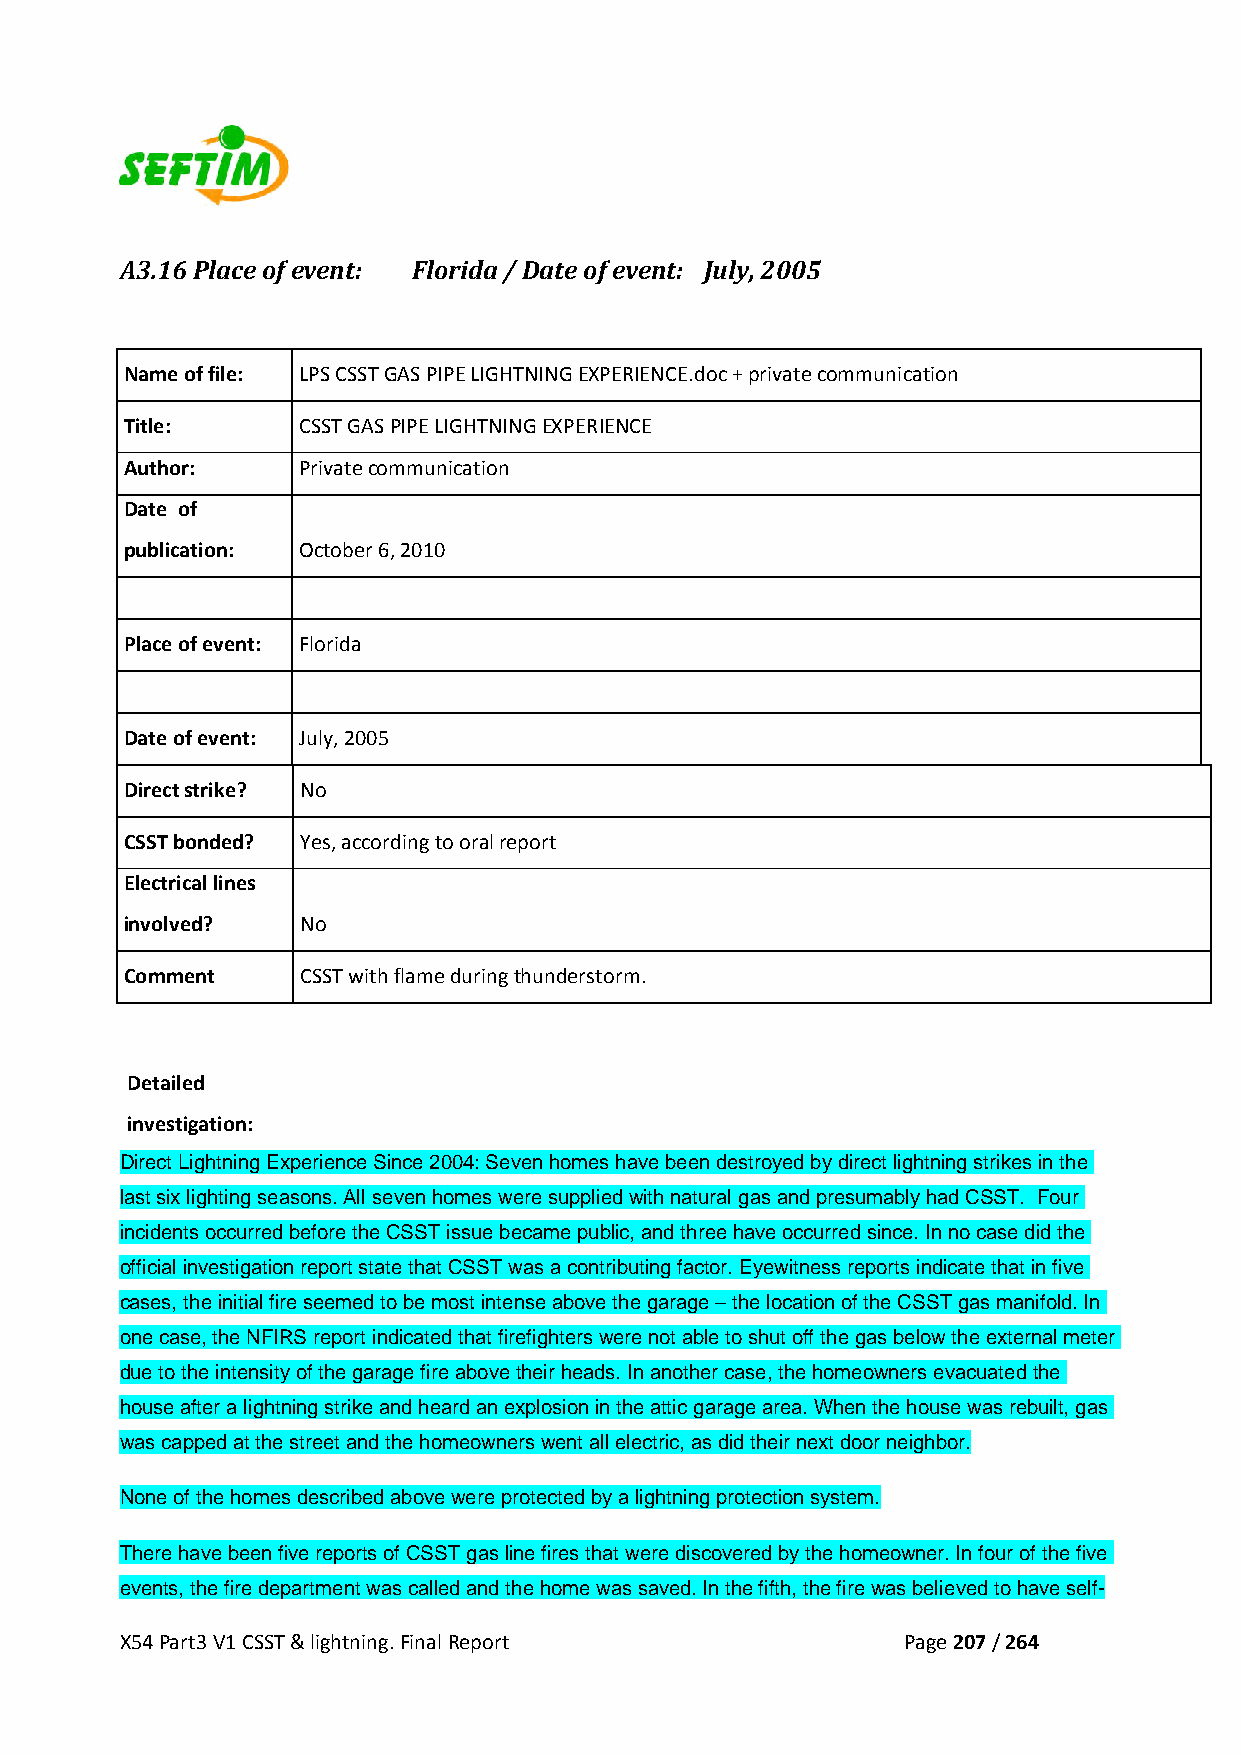
A3.16 Place of event: Florida / Date of event: July, 2005
 Name of file: LPS CSST GAS PIPE LIGHTNING EXPERIENCE.doc + private communication
 Title:      CSST GAS PIPE LIGHTNING EXPERIENCE
 Author:     Private communication
 Date of
 publication: October 6, 2010
 Place of event: Florida
 Date of event: July, 2005
 Direct strike? No
 CSST bonded? Yes, according to oral report
 Electrical lines
 involved?   No
 Comment     CSST with flame during thunderstorm.
 Detailed
 investigation:
 Direct Lightning Experience Since 2004: Seven homes have been destroyed by direct lightning strikes in the
 last six lighting seasons. All seven homes were supplied with natural gas and presumably had CSST. Four
 incidents occurred before the CSST issue became public, and three have occurred since. In no case did the
 official investigation report state that CSST was a contributing factor. Eyewitness reports indicate that in five
 cases, the initial fire seemed to be most intense above the garage – the location of the CSST gas manifold. In
 one case, the NFIRS report indicated that firefighters were not able to shut off the gas below the external meter
 due to the intensity of the garage fire above their heads. In another case, the homeowners evacuated the
 house after a lightning strike and heard an explosion in the attic garage area. When the house was rebuilt, gas
 was capped at the street and the homeowners went all electric, as did their next door neighbor.
 None of the homes described above were protected by a lightning protection system.
 There have been five reports of CSST gas line fires that were discovered by the homeowner. In four of the five
 events, the fire department was called and the home was saved. In the fifth, the fire was believed to have self-
 X54 Part3 V1 CSST & lightning. Final Report         Page 207 / 264